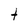
Character: t